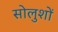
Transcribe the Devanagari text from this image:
सोलुशों